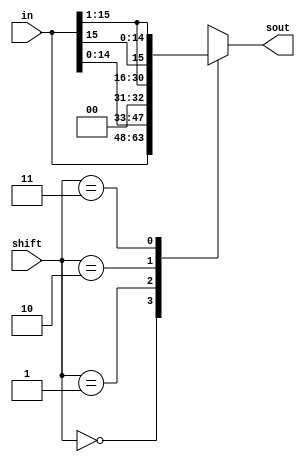
module shifter(in,shift,sout);
    input [15:0] in;
    input [1:0] shift;
    output [15:0] sout;

    reg [15:0] sout;

    always @(*) begin
        case(shift)
            2'b00: sout = in;
            2'b01: sout = in << 1;              // left shift 1 bit, LSB is 0
            2'b10: sout = in >> 1;              // right shift 1 bit, MSB is 0
            2'b11: sout = {in[15], in[15:1]};   // right shift 1 bit, MSB is in[15]
            default: sout = {16{1'bx}};
        endcase
    end
endmodule